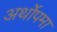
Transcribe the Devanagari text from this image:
अर्थोपमा